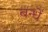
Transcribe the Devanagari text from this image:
बन्धें